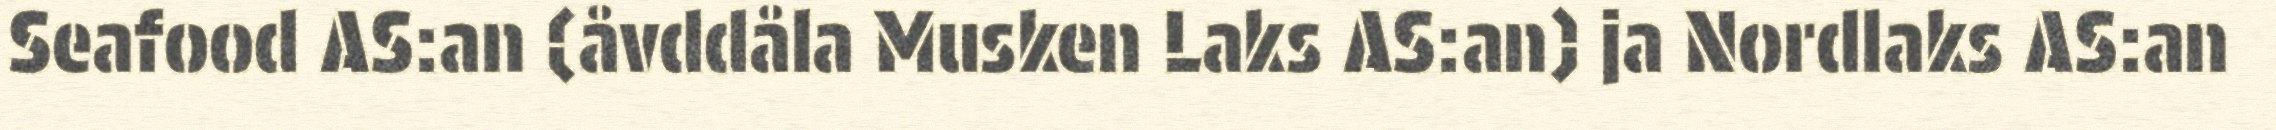
Seafood AS:an (åvddåla Musken Laks AS:an) ja Nordlaks AS:an